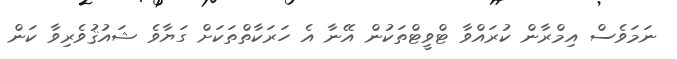
ނަަމަވެސް އިމްރާން ކުރައްވާ ޓްވީޓްތަކުން އޭނާ އެ ހަރަކާތްތަކަށް ގަޔާވެ ޝައުޤުވެރިވާ ކަން